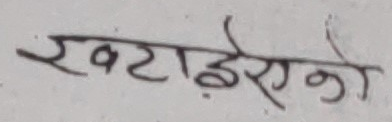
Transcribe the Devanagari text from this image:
एक्टाइएको